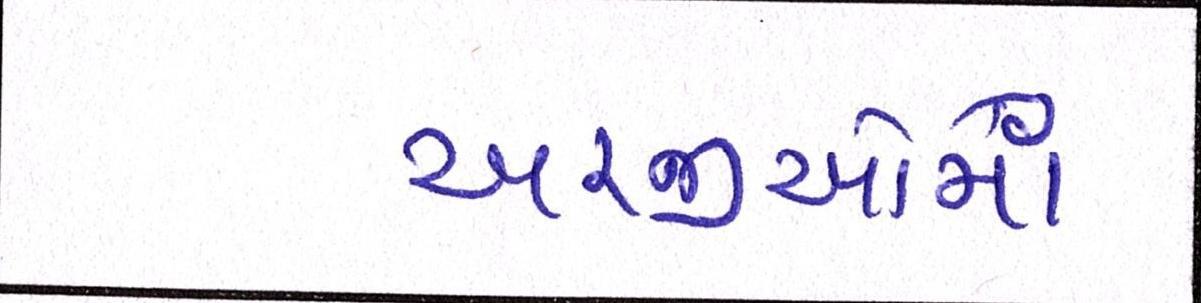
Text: અરજીઓમાં